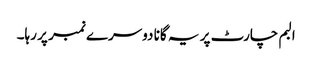
البم چارٹ پر یہ گانا دوسرے نمبر پر رہا۔